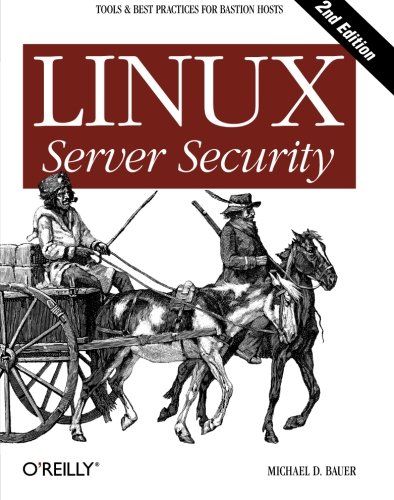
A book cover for Linux Server Security; Michael D. Bauer; Computers & Technology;